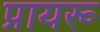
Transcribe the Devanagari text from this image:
प्रायरू